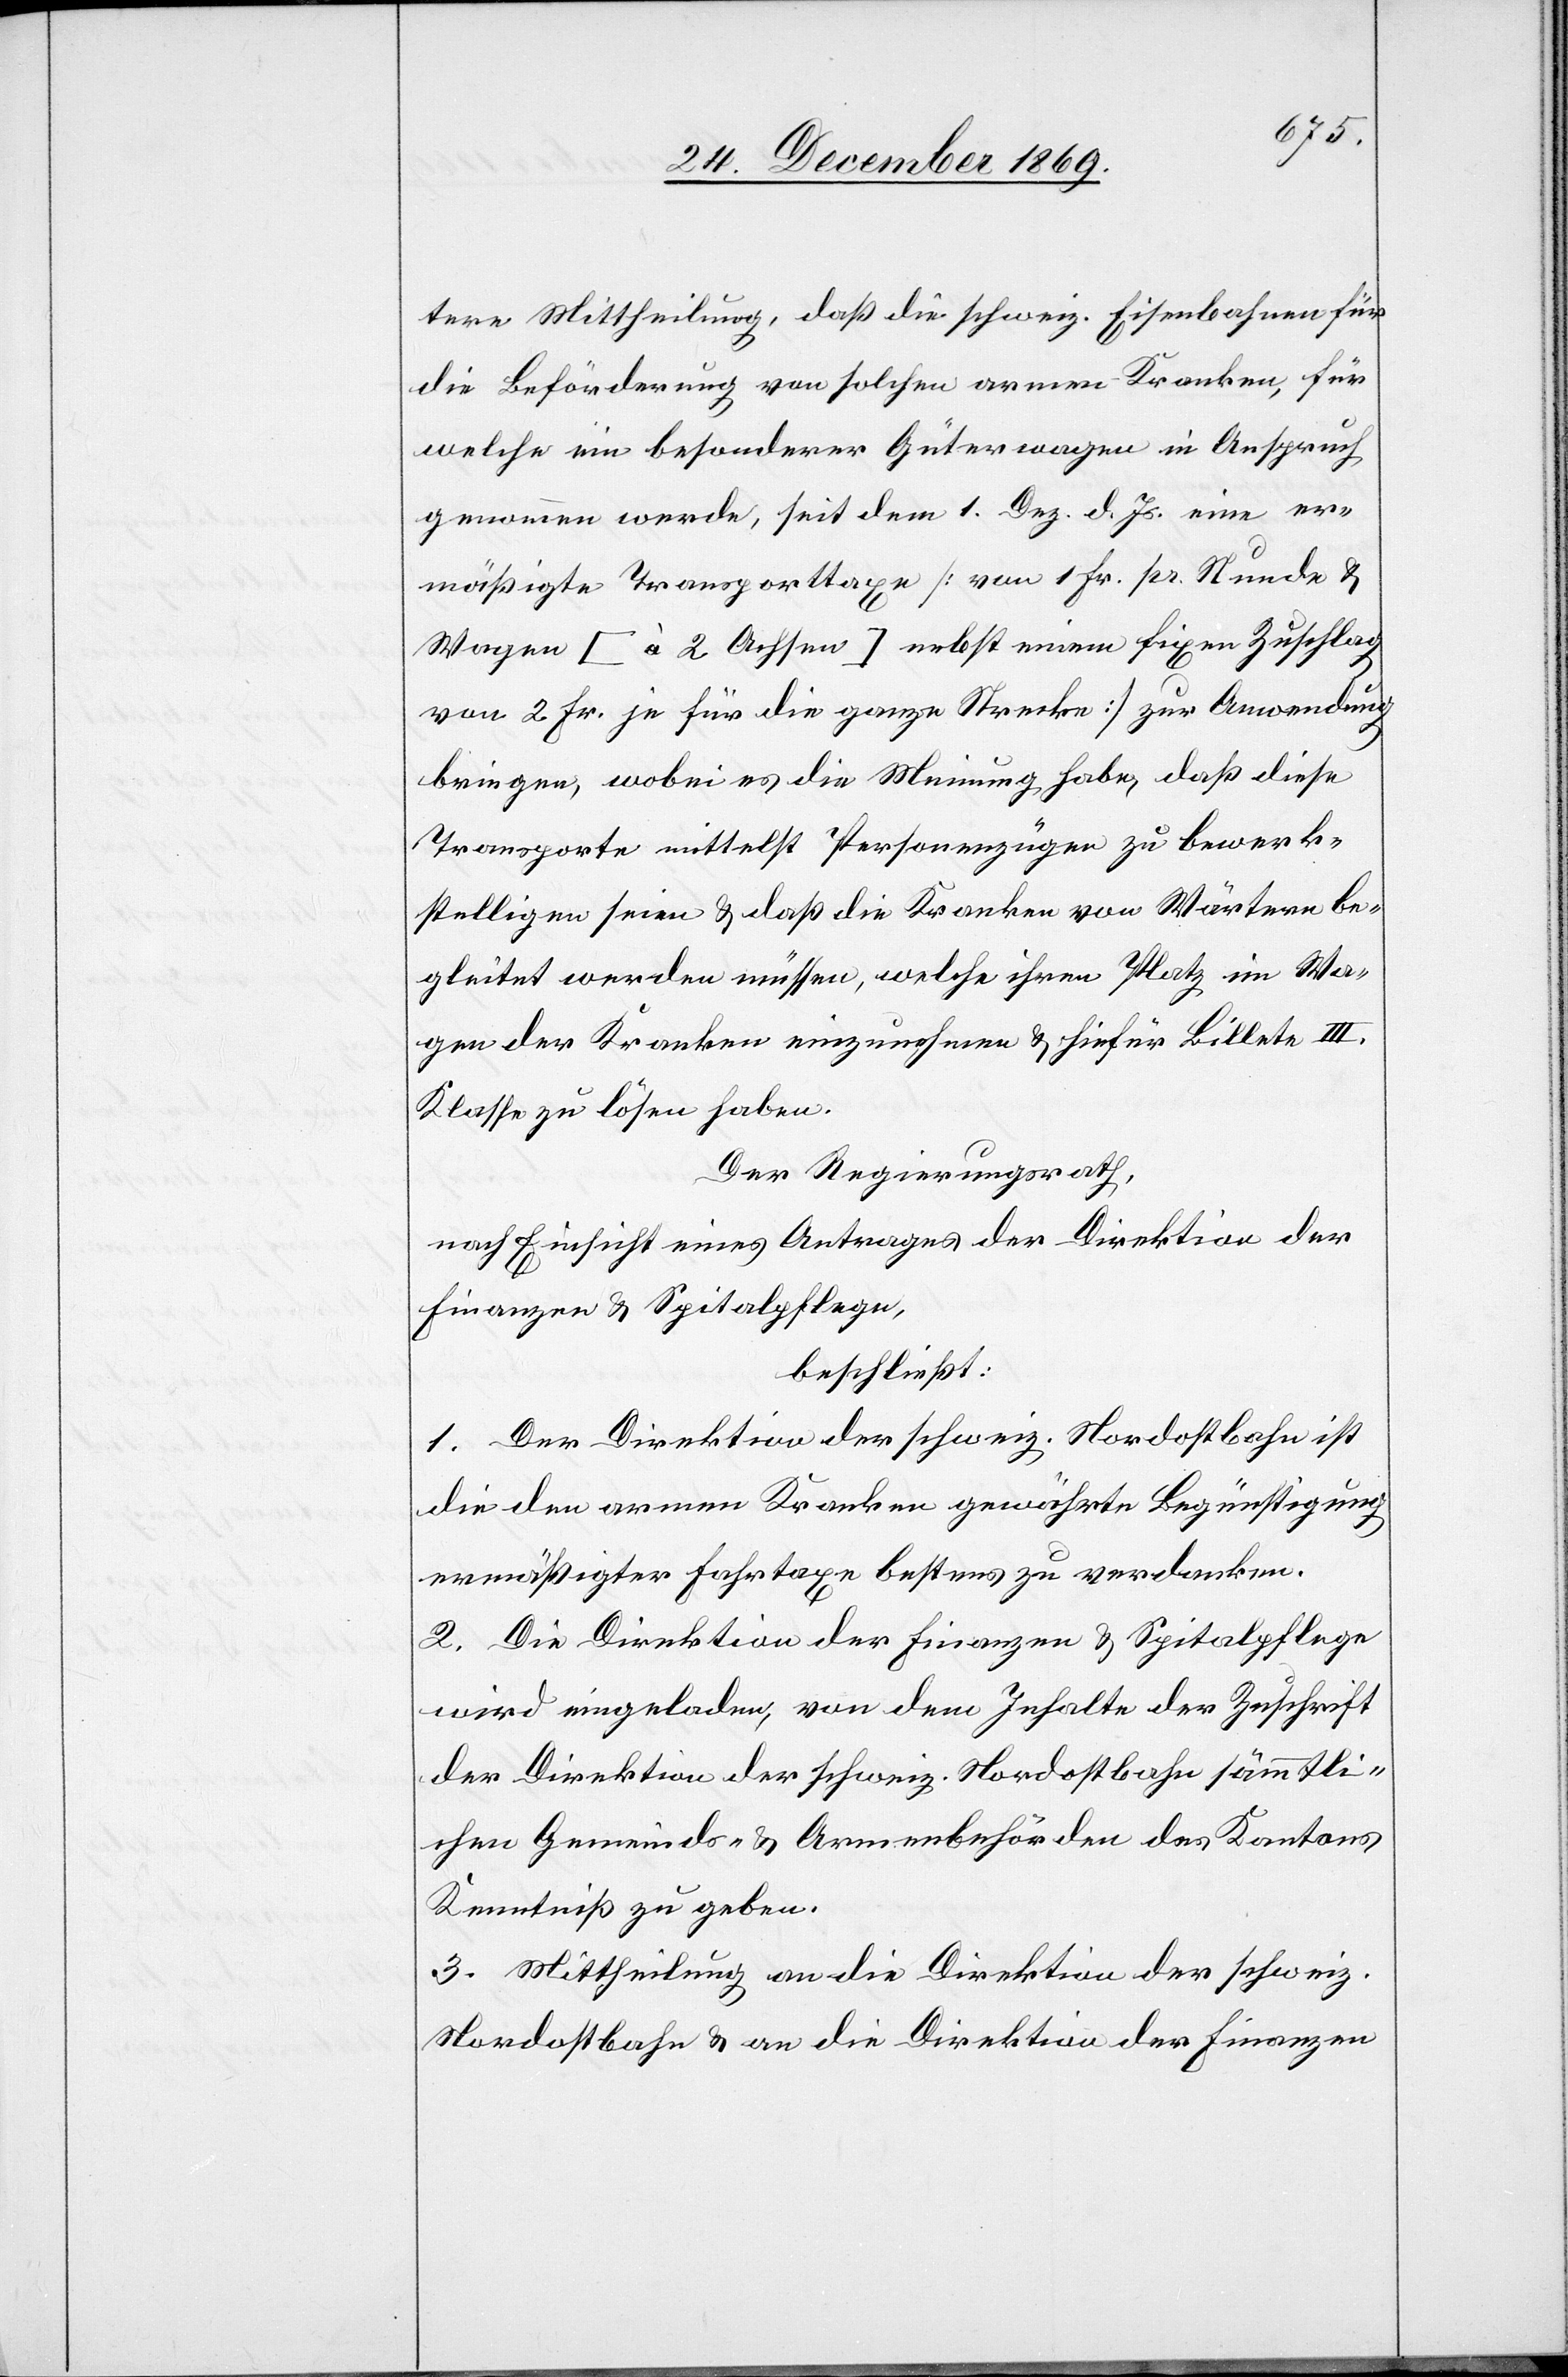
tere Mittheilung, daß die schweiz. Eisenbahnen für
die Beförderung von solchen armen Kranken, für
welche ein besonderer Güterwagen in Anspruch
genommen werde, seit dem 1. Dez. d. Js. eine er¬
mäßigte Transporttaxe [von 1. Fr. pr. Stunde &
Wagen [à 2 Achsen] nebst einem fixen Zuschlag
von 2 Fr. je für die ganze Strecke] zur Anwendung
bringen, wobei es die Meinung habe, daß diese
Transporte mittelst Personenzügen zu bewerk¬
stelligen seien & daß die Kranken von Wärtern be¬
gleitet werden müssen, welche ihren Platz im Wa¬
gen der Kranken einzunehmen & hiefür Billete III.
Klasse zu lösen haben.
Der Regierungsrath,
nach Einsicht eines Antrages der Direktion der
Finanzen & Spitalpflege,
beschließt:
1. Der Direktion der schweiz. Nordostbahn ist
die den armen Kranken gewährte Begünstigung
ermäßigter Fahrtaxe bestens zu verdanken.
2. Die Direktion der Finanzen & Spitalpflege
wird eingeladen, von dem Inhalte der Zuschrift
der Direktion der schweiz. Nordostbahn sämmtli¬
chen Gemeinds- & Armenbehörden des Kantons
Kenntniß zu geben.
3. Mittheilung an die Direktion der schweiz.
Nordostbahn & an die Direktion der Finanzen